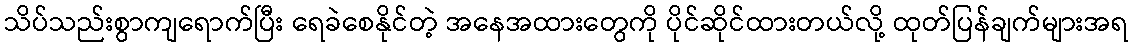
သိပ်သည်းစွာကျရောက်ပြီး ရေခဲစေနိုင်တဲ့ အနေအထားတွေကို ပိုင်ဆိုင်ထားတယ်လို့ ထုတ်ပြန်ချက်များအရ